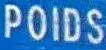
POIDS